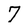
Character: 7